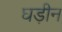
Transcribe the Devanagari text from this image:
घड़ीन